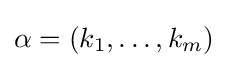
\alpha =(k_{1},\ldots ,k_{m})